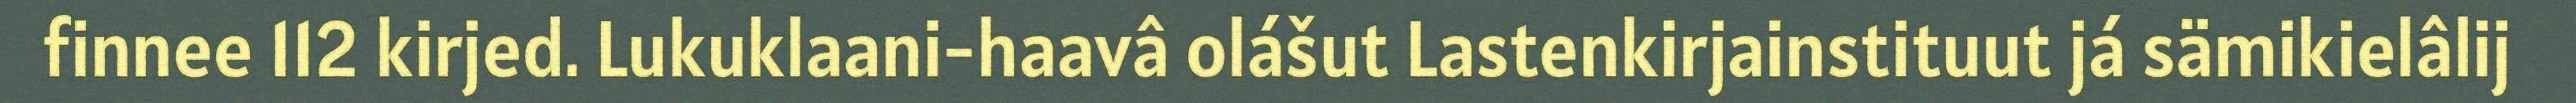
finnee 112 kirjed. Lukuklaani-haavâ olášut Lastenkirjainstituut já sämikielâlij